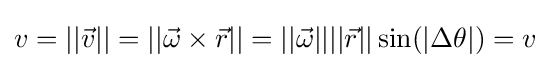
v=||{\vec {v}}||=||{\vec {\omega }}\times {\vec {r}}||=||{\vec {\omega }}||||{\vec {r}}||\sin(|\Delta \theta |)=v